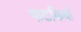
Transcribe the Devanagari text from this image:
फटकियाँ